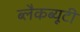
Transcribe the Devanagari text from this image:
ब्लैकब्यूटी